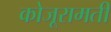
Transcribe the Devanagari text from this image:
कोजूरामती